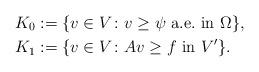
LaTeX: \begin{align*}K_0&:=\{v\in V \colon v\ge \psi\mbox{ a.e.~in }\Omega\},\\K_1&:=\{v\in V \colon Av\ge f \mbox{ in }V'\}.\end{align*}